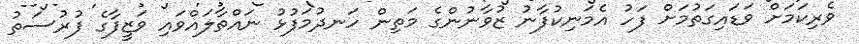
ވެރިކަމަށް ވަޑައިގަތުމަށް ފަހު އެމަނިކުފާނު ޒުވާނުންގެ މަތިން ހަނދުމަފުޅު ނައްތާލައްވައި ވަޒީފާގެ ފުރުސަތު